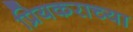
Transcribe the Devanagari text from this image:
प्रियकराच्या